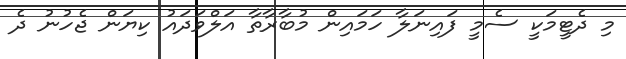
މި ދެޓީމަކީ ސެމީ ފައިނަލާ ހަމައިން މުބާރާތާ އަލްވަދައު ކިޔަން ޖެހުނު ދެ